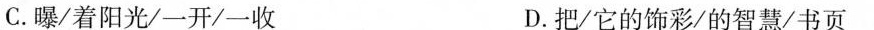
C.曝/着阳光/一开/一收 D.把/它的饰彩/的智慧/书页